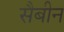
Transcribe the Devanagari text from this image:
सैबीन